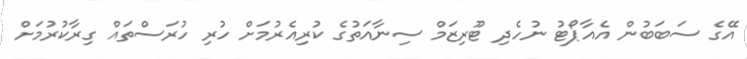
އޭގެ ސަބަބުން އެއާޕޯޓު ނުހެދި ޓޫރިޒަމް ސިނާއަތުގެ ކުރިއެރުމަށް ހުރި ހުރަސްތައް ގިރާކުރުމަށް